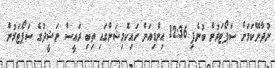
ނުދާނޭކަމަށް ސަޕޯޓަރުން ބުނެފި 12:36 އިންޑިއަން ހައިކޮމިޝަންގައި ތިބި ރައީސް ނަޝީދުގެ ސަޕޯޓަރުން